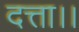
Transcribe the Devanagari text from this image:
दत्ता।।